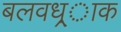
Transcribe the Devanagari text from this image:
बलवध्र्ाक